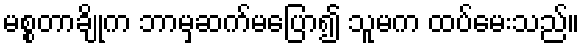
မစ္စတာချိုက ဘာမှဆက်မပြော၍ သူမက ထပ်မေးသည်။